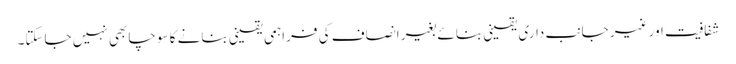
شفافیت اور غیر جانب داری یقینی بنائے بغیر انصاف کی فراہمی یقینی بنانے کا سوچا بھی نہیں جاسکتا۔